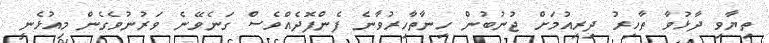
ތިޔާވި ދާޅުވާ ތާހިރު ދިރިއުމަށް ޖުނުބުން ހިނާތާހިރުވާނެ ފެންފޮދެއްވެސް ގަނެވޭނެ ވަރުނުވެގެން މިއުޅެނީ